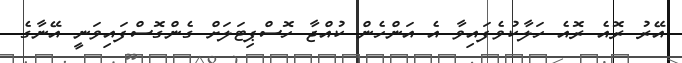
އޭރު ރޮއެ ރޮއެ ހަލާކުވެފައިވާ އެ އަންހެން ކުއްޖާ ހޮސްޕިޓަލަށް ގެންގޮސްފައިވަނީ އޭނާގެ